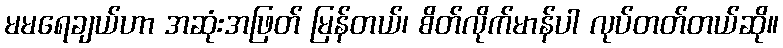
မမရေချယ်ဟာ အဆုံးအဖြတ် မြန်တယ်၊ စိတ်လိုက်မာန်ပါ လုပ်တတ်တယ်ဆို။